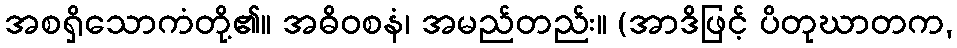
အစရှိသောကံတို့၏။ အဓိဝစနံ၊ အမည်တည်း။ (အာဒိဖြင့် ပိတုဃာတက,